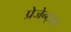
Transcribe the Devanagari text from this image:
प्रेजेन्ट्सः